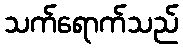
သက်ရောက်သည်